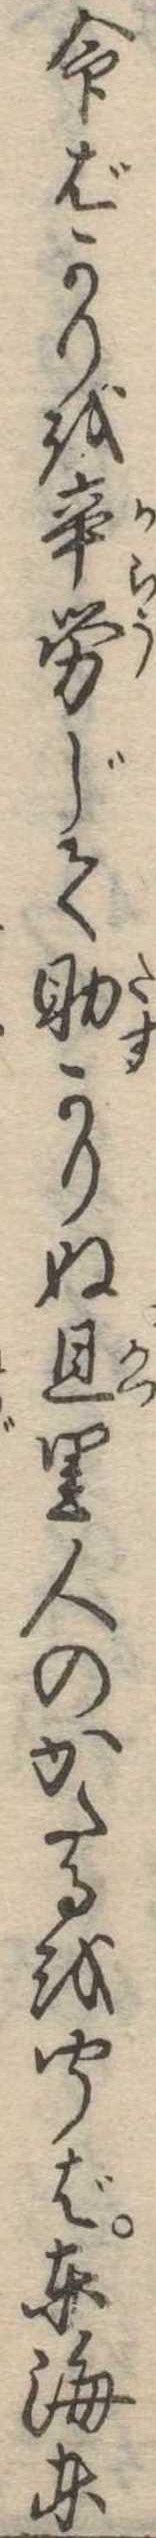
命ばかりを辛労じて助かりぬ且里人のかたるを聞ば東海東